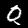
Label: 0